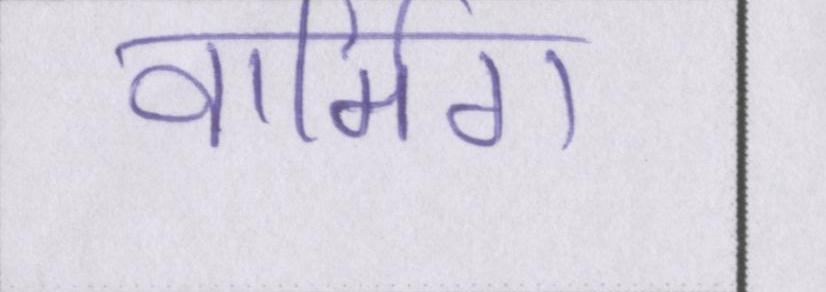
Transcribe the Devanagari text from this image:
वार्मिग